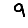
Digit: 9